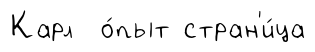
Карл о́пыт стран'и́ца